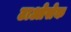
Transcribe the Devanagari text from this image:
टाओसेक